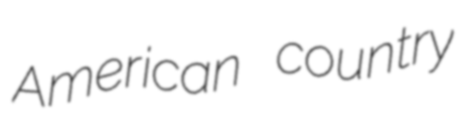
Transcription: American country